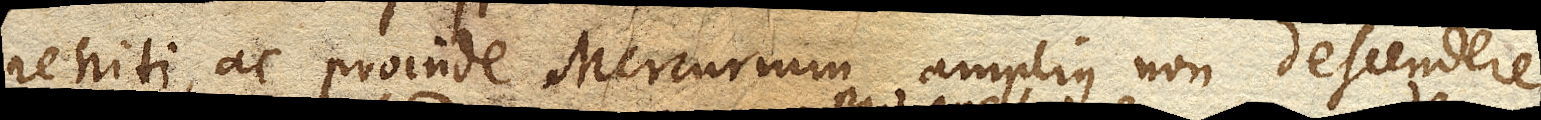
reniti, ac proinde Mercurium amplius non descendere,